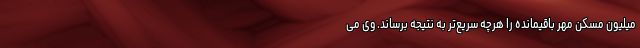
میلیون مسکن مهر باقیمانده را هرچه سریع‌تر به نتیجه برساند. وی می‌